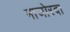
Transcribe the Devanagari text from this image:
माजोरदा